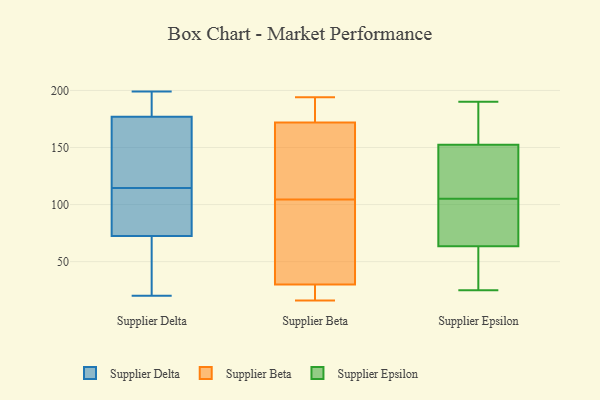
{"axis": {"x": "Waste Production (Tons)", "y": "Value"}, "legend": ["Supplier Beta", "Supplier Delta", "Supplier Epsilon"], "data": [{"x": "", "y": 60, "type": "Supplier Delta"}, {"x": "", "y": 196, "type": "Supplier Delta"}, {"x": "", "y": 196, "type": "Supplier Delta"}, {"x": "", "y": 111, "type": "Supplier Delta"}, {"x": "", "y": 64, "type": "Supplier Delta"}, {"x": "", "y": 66, "type": "Supplier Delta"}, {"x": "", "y": 103, "type": "Supplier Delta"}, {"x": "", "y": 168, "type": "Supplier Delta"}, {"x": "", "y": 118, "type": "Supplier Delta"}, {"x": "", "y": 199, "type": "Supplier Delta"}, {"x": "", "y": 138, "type": "Supplier Delta"}, {"x": "", "y": 186, "type": "Supplier Delta"}, {"x": "", "y": 20, "type": "Supplier Delta"}, {"x": "", "y": 79, "type": "Supplier Delta"}, {"x": "", "y": 151, "type": "Supplier Delta"}, {"x": "", "y": 79, "type": "Supplier Delta"}, {"x": "", "y": 90, "type": "Supplier Beta"}, {"x": "", "y": 110, "type": "Supplier Beta"}, {"x": "", "y": 99, "type": "Supplier Beta"}, {"x": "", "y": 157, "type": "Supplier Beta"}, {"x": "", "y": 174, "type": "Supplier Beta"}, {"x": "", "y": 46, "type": "Supplier Beta"}, {"x": "", "y": 120, "type": "Supplier Beta"}, {"x": "", "y": 23, "type": "Supplier Beta"}, {"x": "", "y": 17, "type": "Supplier Beta"}, {"x": "", "y": 175, "type": "Supplier Beta"}, {"x": "", "y": 30, "type": "Supplier Beta"}, {"x": "", "y": 16, "type": "Supplier Beta"}, {"x": "", "y": 172, "type": "Supplier Beta"}, {"x": "", "y": 194, "type": "Supplier Beta"}, {"x": "", "y": 124, "type": "Supplier Epsilon"}, {"x": "", "y": 109, "type": "Supplier Epsilon"}, {"x": "", "y": 167, "type": "Supplier Epsilon"}, {"x": "", "y": 178, "type": "Supplier Epsilon"}, {"x": "", "y": 56, "type": "Supplier Epsilon"}, {"x": "", "y": 72, "type": "Supplier Epsilon"}, {"x": "", "y": 144, "type": "Supplier Epsilon"}, {"x": "", "y": 41, "type": "Supplier Epsilon"}, {"x": "", "y": 144, "type": "Supplier Epsilon"}, {"x": "", "y": 84, "type": "Supplier Epsilon"}, {"x": "", "y": 101, "type": "Supplier Epsilon"}, {"x": "", "y": 190, "type": "Supplier Epsilon"}, {"x": "", "y": 161, "type": "Supplier Epsilon"}, {"x": "", "y": 25, "type": "Supplier Epsilon"}, {"x": "", "y": 71, "type": "Supplier Epsilon"}, {"x": "", "y": 56, "type": "Supplier Epsilon"}]}